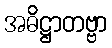
အဓိဋ္ဌာတဗ္ဗာ